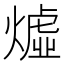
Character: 𪹣